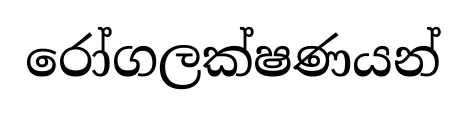
රෝගලක්ෂණයන්